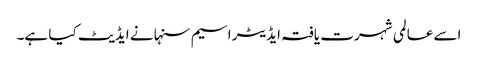
اسے عالمی شہرت یافتہ ایڈیٹر اسیم سنہا نے ایڈیٹ کیا ہے۔